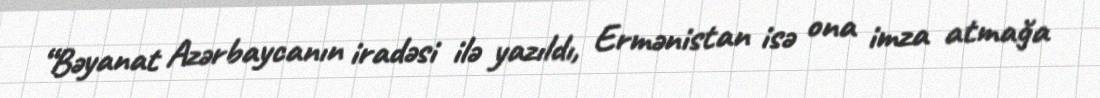
“Bəyanat Azərbaycanın iradəsi ilə yazıldı, Ermənistan isə ona imza atmağa